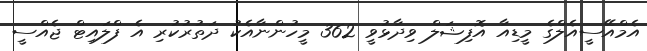
އެމްއޭސީއެލްގެ މީޑިއާ އޮފިޝަލް ވިދާޅުވީ 362 މީހުންނާއެކު ދަތުރުކުރި އެ ފްލައިޓް ޖެއްސީ